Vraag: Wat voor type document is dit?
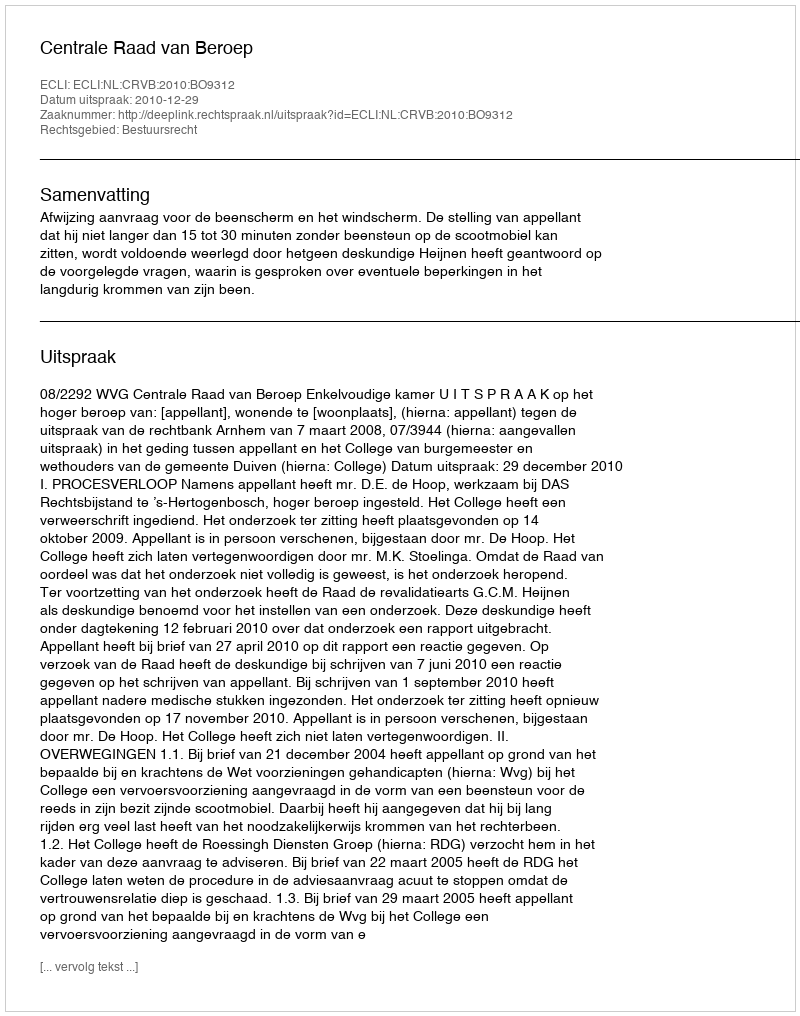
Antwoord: Uitspraak